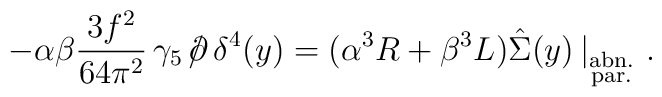
-\alpha\beta\frac{3f^2}{64\pi^2}\,\gamma_5\,/\hspace{-2mm}\partial\,\delta^4(y)=(\alpha^3R+\beta^3L)\hat{\Sigma}(y)\,|_{\stackrel{{\scriptstyle {\rm abn.}}}{{\scriptstyle {\rm par.}}}} \,\, .